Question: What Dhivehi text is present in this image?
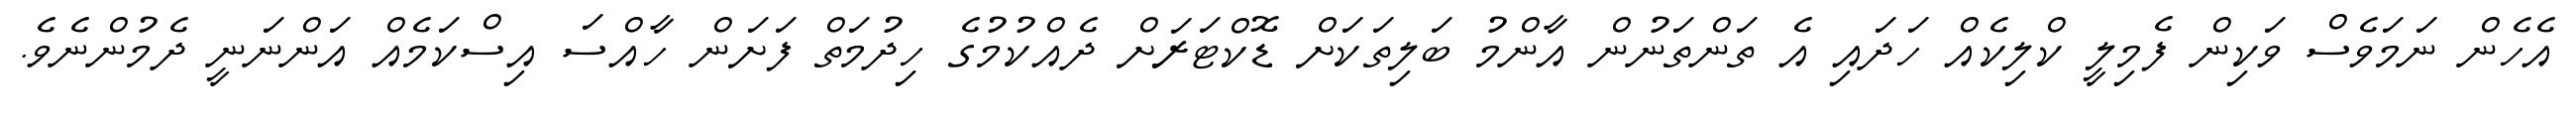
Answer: އެހެން ނަމަވެސް ވަކިން ފެމިލީ ކްލިކެއް ހަދައި އެ ތަންތަނުން އާންމު ބަލިތަކަށް ޑޮކްޓަރަށް ދެއްކުމުގެ ހިދުމަތް ފަށަން ހާއްސަ އިސްކަމެއް އަންނަނީ ދެމުންނެވެ.